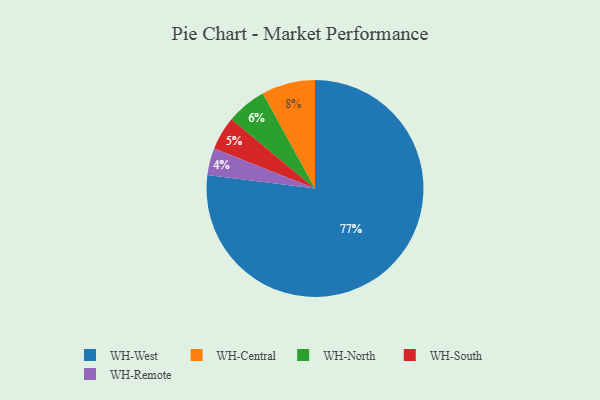
{"axis": {"x": "Category", "y": "Percentage"}, "legend": ["WH-Central", "WH-North", "WH-Remote", "WH-South", "WH-West"], "data": [{"x": "WH-Remote", "y": 4, "type": "WH-Remote"}, {"x": "WH-North", "y": 6, "type": "WH-North"}, {"x": "WH-Central", "y": 8, "type": "WH-Central"}, {"x": "WH-West", "y": 77, "type": "WH-West"}, {"x": "WH-South", "y": 5, "type": "WH-South"}]}